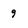
Character: 9